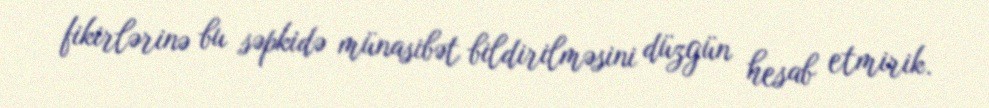
fikirlərinə bu səpkidə münasibət bildirilməsini düzgün hesab etmirik.